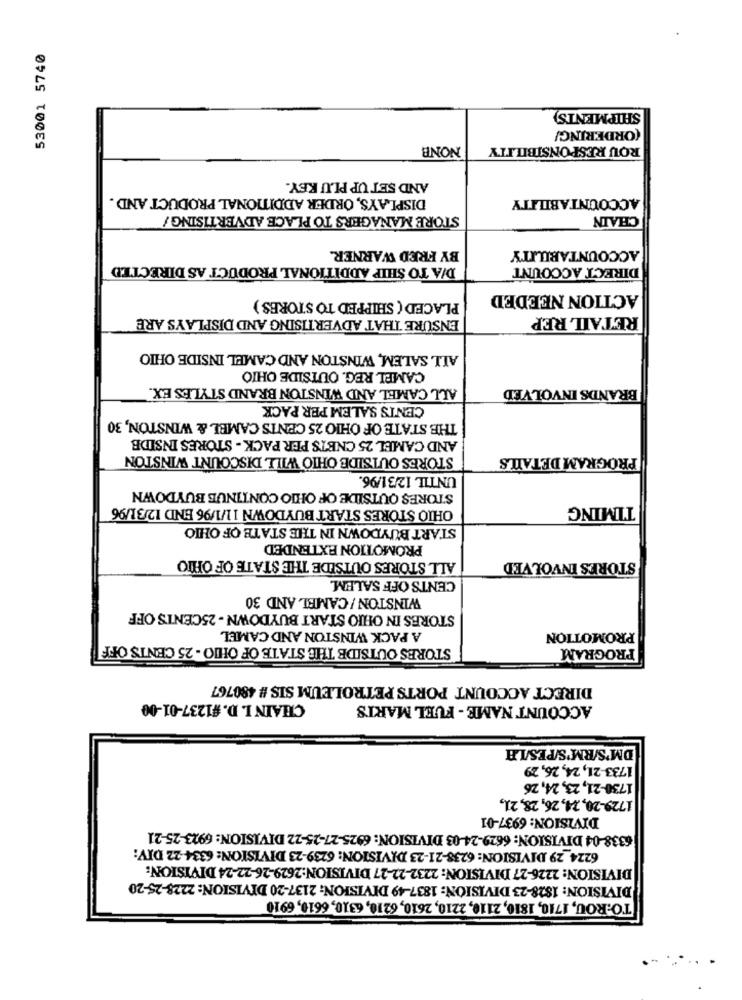
53001 5740
SHIPMENTS)
(ORDERING/
NONB
ROU RESPONSIBILITY
AND SET UP PLU KEY.
DISPLAYS, ORDER ADDITIONAL PRODUCT AND .
ACCOUNTABILITY
STORE MANAGERS TO PLACE ADVERTISING/
CHAIN
BY FRED WARNER.
ACCOUNTABILITY
D/A TO SHIP ADDITIONAL PRODUCT AS DIRECTED
DIRECT ACCOUNT
PLACED ( SHIPPED TO STORES )
ACTION NEEDED
ENSURE THAT ADVERTISING AND DISPLAYS ARE
RETAIL REP
ALL SALEM, WINSTON AND CAMEL INSIDE OHIO
CAMEL REG. OUTSIDE OHIO
ALL CAMEL AND WINSTON BRAND STYLES EX.
BRANDS INVOLVED
CENTS SALEM PER PACK
THE STATE OF OHIO 25 CENTS CAMEL & WINSTON, 30
AND CAMEL 25 CNETS PER PACK - STORES INSIDE
STORES OUTSIDE OHIO WILL DISCOUNT WINSTON
PROGRAM DETAILS
UNTIL 12/31/96.
STORES OUTSIDE OF OHIO CONTINUE BUYDOWN
OHIO STORES START BUYDOWN 11/1/96 END 12/31/96
TIMING
START BUYDOWN IN THE STATE OF OHIO
PROMOTION EXTENDED
ALL STORES OUTSIDE THE STATE OF OHIO
STORES INVOLVED
CENTS OFF SALEM.
WINSTON / CAMEL AND 30
STORES IN OHIO START BUYDOWN - 25CENTS OFF
A PACK WINSTON AND CAMEL
PROMOTION
STORES OUTSIDE THE STATE OF OHIO - 25 CENTS OFF
PROGRAM
DIRECT ACCOUNT PORTS PETROLEUM SIS # 480767
CHAIN I. D. #1237-01-00
ACCOUNT NAME - FUEL MARTS
DM'S/RM'S/PES/LA
1733-21, 24, 26, 29
1730-21, 23, 24, 26
1729-20, 24, 26, 28, 21,
DIVISION: 6937-01
6338-04 DIVISION: 6629-24-03 DIVISION: 6925-27-25-22 DIVISION: 6923-25-21
6224 29 DIVISION: 6238-21-23 DIVISION: 6239-23 DIVISION: 6334-22 DIV:
DIVISION: 2226-27 DIVISION: 2232-22-27 DIVISION:2629-26-22-24 DIVISION:
DIVISION: 1828-23 DIVISION: 1837-49 DIVISION: 2137-20 DIVISION: 2228-25-20
TO:ROU, 1710, 1810, 2110, 2210, 2610, 6210, 6310, 6610, 6910